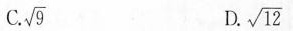
C.\sqrt{9} D.\sqrt{12}